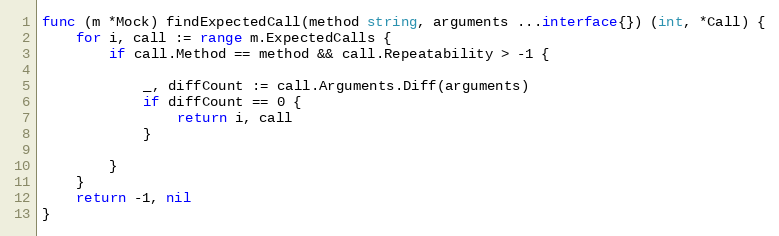
Language: Go
func (m *Mock) findExpectedCall(method string, arguments ...interface{}) (int, *Call) {
	for i, call := range m.ExpectedCalls {
		if call.Method == method && call.Repeatability > -1 {

			_, diffCount := call.Arguments.Diff(arguments)
			if diffCount == 0 {
				return i, call
			}

		}
	}
	return -1, nil
}